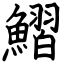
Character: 鰼